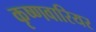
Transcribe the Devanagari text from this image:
कृष्णवारियर